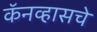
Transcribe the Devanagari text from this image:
कॅनव्हासचे